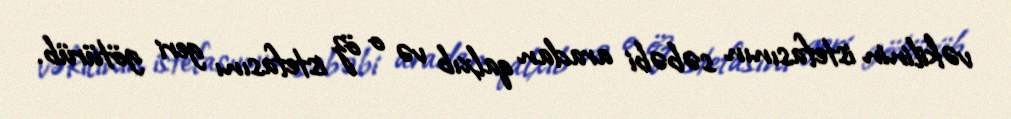
vəkilinin istefasının səbəbi aradan qalxıb və o öz istefasını geri götürüb.